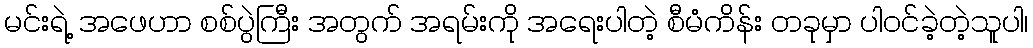
မင်းရဲ့ အဖေဟာ စစ်ပွဲကြီး အတွက် အရမ်းကို အရေးပါတဲ့ စီမံကိန်း တခုမှာ ပါဝင်ခဲ့တဲ့သူပါ၊